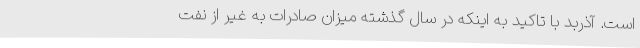
است. آذربد با تاکید به اینکه در سال گذشته میزان صادرات به غیر از نفت